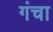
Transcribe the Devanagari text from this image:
गंचा